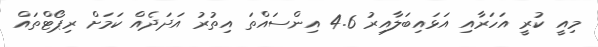
މިއީ ކުރީ އަހަރާއި އަޅައިބަލާއިރު 4.6 އިންސައްތަ އިތުރު އަދަދެއް ކަަމަށް ރިޕޯޓްތައް